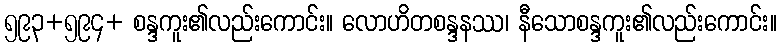
၅၉၃+၅၉၄+ စန္ဒကူး၏လည်းကောင်း။ လောဟိတစန္ဒနဿ၊ နီသောစန္ဒကူး၏လည်းကောင်း။